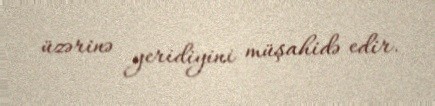
üzərinə yeridiyini müşahidə edir.